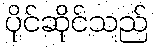
ပိုင်ဆိုင်သည်